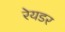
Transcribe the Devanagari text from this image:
रेयडर